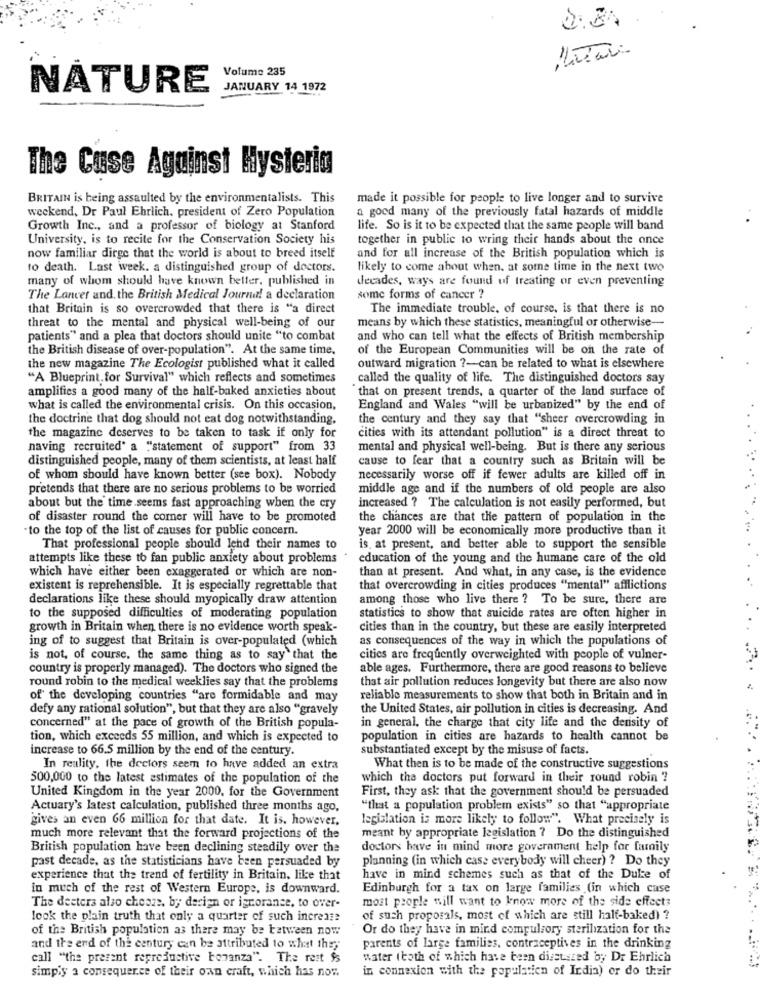
=
Volume 235
NATURE
JANUARY 14 1972
The Case Against Mysteria
BRITAIN is being assaulted by the environmentalists. This
made it possible for people to live longer and to survive
weekend, Dr Paul Ehrlich, president of Zero Population
a good many of the previously fatal hazards of middle
Growth Inc ., and a professor of biology at Stanford
life. So is it to be expected that the same people will band
University, is to recite for the Conservation Society his
together in public to wring their hands about the once
now familiar dirge that the world is about to breed itself
and for all increase of the British population which is
to death. Last week. a distinguished group of doctors.
likely to come about when. at some time in the next two
many of whom should have known better, published in
decades, ways are found of treating or even preventing
The Lancet and. the British Medical Journu! a declaration
some forms of cancer ?
that Britain is so overcrowded that there is "a direct
The immediate trouble. of course. is that there is no
means by which these statistics, meaningful or otherwise-
threat to the mental and physical well-being of our
patients" and a plea that doctors should unite "to combat
and who can tell what the effects of British membership
the British disease of over-population". At the same time,
of the European Communities will be on the rate of
the new magazine The Ecologist published what it called
outward migration ?- can be related to what is elsewhere
"A Blueprint.for Survival" which reflects and sometimes
called the quality of life. The distinguished doctors say
amplifies a good many of the half-baked anxieties about
that on present trends, a quarter of the land surface of
what is called the environmental crisis. On this occasion,
England and Wales "will be urbanized" by the end of
the doctrine that dog should not eat dog notwithstanding.
the century and they say that "sheer overcrowding in
the magazine deserves to be taken to task if only for
cities with its attendant pollution" is a direct threat to
naving recruited' a "statement of support" from 33
mental and physical well-being. But is there any serious
distinguished people, many of them scientists, at least half
cause to fear that a country such as Britain will be
of whom should have known better (see box). Nobody
necessarily worse off if fewer adults are killed off in
pretends that there are no serious problems to be worried
middle age and if the numbers of old people are also
about but the time seems fast approaching when the cry
increased ? The calculation is not easily performed, but
of disaster round the comer will have to be promoted
the chances are that the pattern of population in the
to the top of the list of causes for public concern.
year 2000 will be economically more productive than it
That professional people should lehd their names to
is. at present, and better able to support the sensible
attempts like these to fan public anxiety about problems
education of the young and the humane care of the old
than at present. And what, in any case, is the evidence
which have either been exaggerated or which are non-
existent is reprehensible. It is especially regrettable that
that overcrowding in cities produces "mental" afflictions
declarations like these should myopically draw attention
among those who live there ? To be sure, there are
to the supposed difficulties of moderating population
statistics to show that suicide rates are often higher in
growth in Britain when there is no evidence worth speak-
cities than in the country, but these are easily interpreted
ing of to suggest that Britain is over-populated (which
as consequences of the way in which the populations of
is not, of course, the same thing as to say that the
cities are frequently overweighted with people of vulner-
country is properly managed). The doctors who signed the
able ages. Furthermore, there are good reasons to believe
round robin to the medical weeklies say that the problems
that air pollution reduces longevity but there are also now
of the developing countries "are formidable and may
reliable measurements to show that both in Britain and in
defy any rational solution", but that they are also "gravely
the United States, air pollution in cities is decreasing. And
concerned" at the pace of growth of the British popula-
in general, the charge that city life and the density of
tion, which exceeds 55 million, and which is expected to
population in cities are hazards to health cannot be
increase to 66.5 million by the end of the century.
substantiated except by the misuse of facts.
In reality, the doctors seem to have added an extra
What then is to be made of the constructive suggestions
500,000 to the latest estimates of the population of the
which the doctors put forward in their round robin ?
First, they ask that the government should be persuaded
United Kingdom in the year 2000, for the Government
Actuary's latest calculation, published three months ago,
"that a population problem exists" so that "appropriate
gives an even 66 million for that date. It is, however,
legislation is more likely to follow". What precisely is
much more relevant that the forward projections of the
meant by appropriate legislation ? Do the distinguished
British population have been declining steadily over the
doctors have in mind more government help for family
past decade, as the statisticians have been persuaded by
planning (in which case everybody will cheer) ? Do they
experience that the trend of fertility in Britain, like that
have in mind schemes such as that of the Duke of
in much of the rest of Western Europe, is downward.
Edinburgh for a tax on large families (in which case
most people will want to know more of the side effects
The deeters also chears, by design or ignorance, to over-
look the plain truth that only a quarter of such increase
of such proposals, most of which are still half-baked) ?
of the British population as there may be between now
Or do they have in mind compulsory sterilization for the
and the end of the century can be attributed to what they
parents of large families. contraceptives in the drinking
call "the present reproductive bonanza". The rest $s
water (both of which have been discussed by Dr Ehrlich
in connexion with the population of India) or do their
simply a consequence of their own craft, which has now